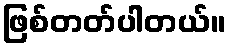
ဖြစ်တတ်ပါတယ်။